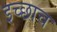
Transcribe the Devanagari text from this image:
इच्छाच